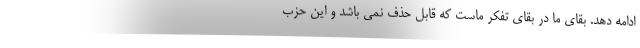
ادامه دهد. بقای ما در بقای تفکر ماست که قابل حذف نمی باشد و این حزب